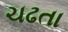
ચઢતા